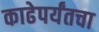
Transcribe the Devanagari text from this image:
काढेपर्यंतचा